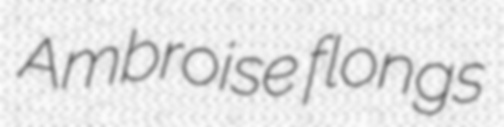
Ambroise flongs